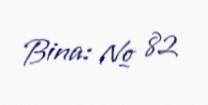
Bina: № 82